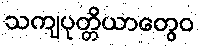
သကျပုတ္တိယာတွေဝ